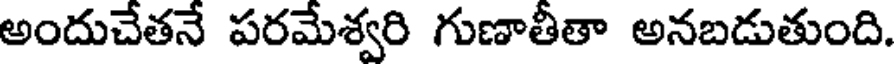
అందుచేతనే పరమేశ్వరి గుణాతీతా అనబడుతుంది.